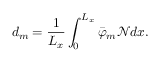
d _ { m } = \frac { 1 } { L _ { x } } \int _ { 0 } ^ { L _ { x } } \bar { \varphi } _ { m } \mathcal { N } d x .